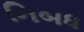
નિબધ